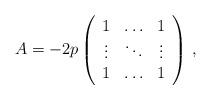
LaTeX: \begin{align*}A = -2p\left(\begin{array}{ccc} 1 & \ldots & 1 \\ \vdots & \ddots & \vdots \\ 1 & \ldots & 1 \end{array}\right)\,,\end{align*}